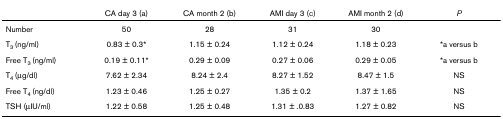
<table><thead><tr><td></td><td><b>CA day 3 (a)</b></td><td><b>CA month 2 (b)</b></td><td><b>AMI day 3 (c)</b></td><td><b>AMI month 2 (d)</b></td><td><b><i>P</i></b></td></tr></thead><tbody><tr><td>Number</td><td>50</td><td>28</td><td>31</td><td>30</td><td></td></tr><tr><td>T<sub>3 </sub>(ng/ml)</td><td>0.83 ± 0.3*</td><td>1.15 ± 0.24</td><td>1.12 ± 0.24</td><td>1.18 ± 0.23</td><td>*a versus b</td></tr><tr><td>Free T<sub>3 </sub>(ng/ml)</td><td>0.19 ± 0.11*</td><td>0.29 ± 0.09</td><td>0.27 ± 0.06</td><td>0.29 ± 0.05</td><td>*a versus b</td></tr><tr><td>T<sub>4 </sub>(μg/dl)</td><td>7.62 ± 2.34</td><td>8.24 ± 2.4</td><td>8.27 ± 1.52</td><td>8.47 ± 1.5</td><td>NS</td></tr><tr><td>Free T<sub>4 </sub>(ng/dl)</td><td>1.23 ± 0.46</td><td>1.25 ± 0.27</td><td>1.35 ± 0.2</td><td>1.37 ± 1.65</td><td>NS</td></tr><tr><td>TSH (μIU/ml)</td><td>1.22 ± 0.58</td><td>1.25 ± 0.48</td><td>1.31 ± .0.83</td><td>1.27 ± 0.82</td><td>NS</td></tr></tbody></table>